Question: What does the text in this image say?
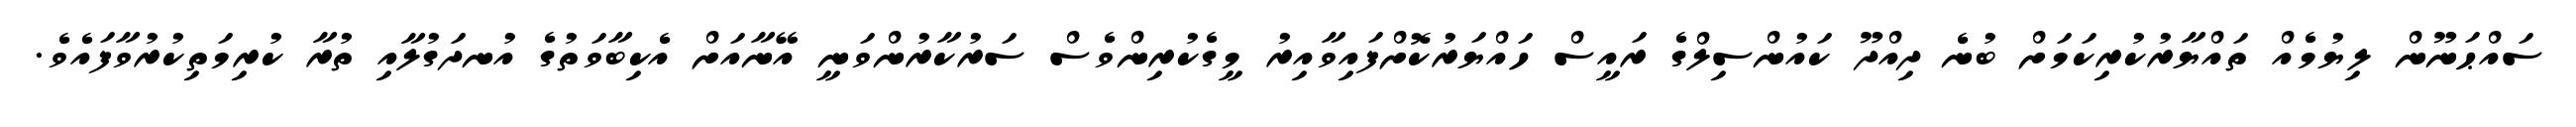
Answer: ސައްޙަނޫން ލިޔުމެއް ތައްޔާރުކުރިކަމަށް ބުނެ ދިއްދޫ ކައުންސިލްގެ ރައީސް ހައްޔަރުކޮށްފައިވާއިރު މީގެކުރިންވެސް ސަރުކާރުންވަނީ އޭނާއަށް އެކިބާވަތުގެ އުނދަގުލާއި ތުރާ ކުރިމަތިކުރުވާފައެވެ.